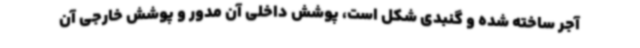
آجر ساخته شده و گنبدی شکل است، پوشش داخلی آن مدور و پوشش خارجی آن